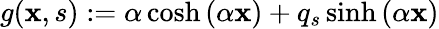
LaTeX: g(\mathbf{x},s):=\alpha\cosh\left(\alpha\mathbf{x}\right)+q_{s}\sinh\left(\alpha\mathbf{x}\right)